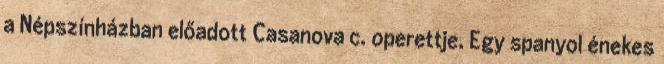
a Népszínházban előadott Casanova c. operettje. Egy spanyol énekes